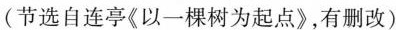
（节选自连亭《以一棵为起点》，有删改）